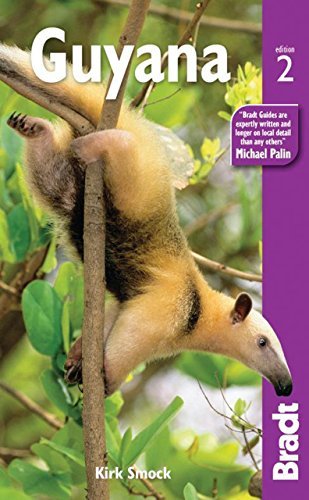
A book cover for By Kirk Ock Sm Guyana (Bradt Travel Guide) (Second Edition); Travel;